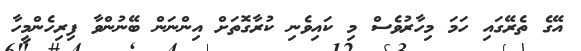
އޭގެ ތެރޭގައި ހަމަ މިހާރުވެސް މި ކައިވެނި ކުރާގޮތަށް އިންނަން ބޭނުންވާ ފިރިހެންމީހާ